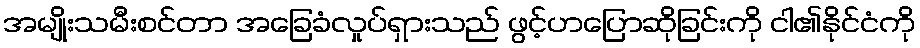
အမျိုးသမီးစင်တာ အခြေခံလှုပ်ရှားသည် ဖွင့်ဟပြောဆိုခြင်းကို ငါ၏နိုင်ငံကို